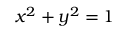
x ^ { 2 } + y ^ { 2 } = 1